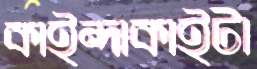
কাইন্দাকাইটা